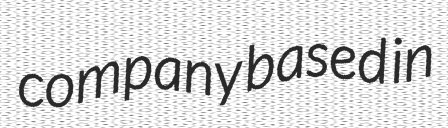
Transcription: company based in